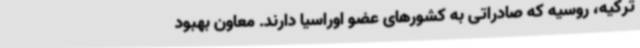
ترکیه، روسیه که صادراتی به کشورهای عضو اوراسیا دارند. معاون بهبود